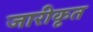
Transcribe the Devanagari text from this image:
जारीकृत